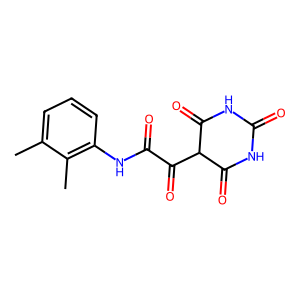
SMILES: Cc1cccc(NC(=O)C(=O)C2C(=O)NC(=O)NC2=O)c1C
Inhibits HIV replication: No